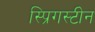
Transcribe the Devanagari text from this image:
स्प्रिगस्टीन